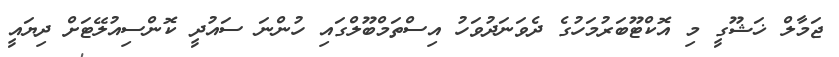
ޖަމާލް ޚަޝޫގީ މި އޮކްޓޫބަރުމަހުގެ ދެވަނަދުވަހު އިސްތަމްބޫލްގައި ހުންނަ ސައުދީ ކޮންސިއުލޭޓަށް ދިޔައީ